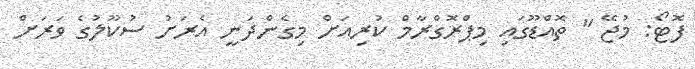
ފޮޓޯ: މުޖޭ " ތޮއްޑޫގައި މިޕްރޮގްރާމް ކުރިއަށް މިގެންދަނީ އެރަށު ސުކޫލުގެ ވަރަށް